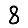
Digit: 8